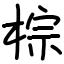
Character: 棕